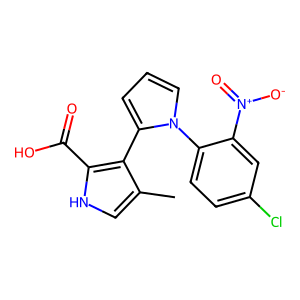
SMILES: Cc1c[nH]c(C(=O)O)c1-c1cccn1-c1ccc(Cl)cc1[N+](=O)[O-]
Inhibits HIV replication: No